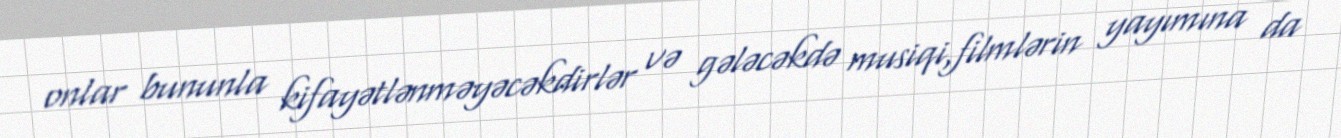
onlar bununla kifayətlənməyəcəkdirlər və gələcəkdə musiqi,filmlərin yayımına da